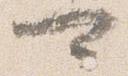
可